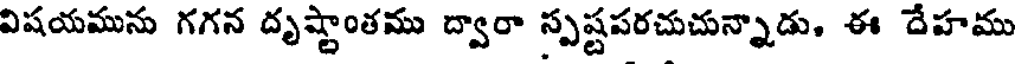
విషయమును గగన దృష్టాంతము ద్వారా స్పష్టపరచుచున్నాడు, ఈ దేహము